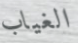
الغياب